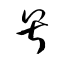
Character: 号